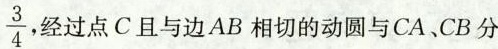
\frac { 3 } { 4 }$$ ，过点C且与边AB相切的动圆与CA、CB分